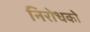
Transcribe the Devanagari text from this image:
निरोधको